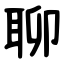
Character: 聊